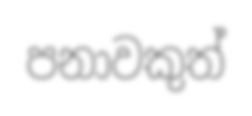
පනාවකුත්